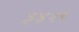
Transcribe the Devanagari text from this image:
३४२९